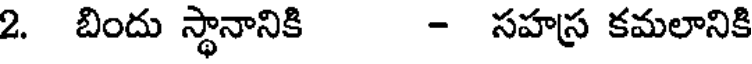
2. బిందు స్థానానికి - సహస్ర కమలానికి